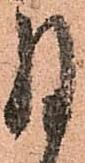
月